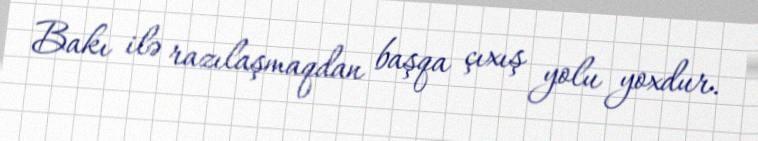
Bakı ilə razılaşmaqdan başqa çıxış yolu yoxdur.